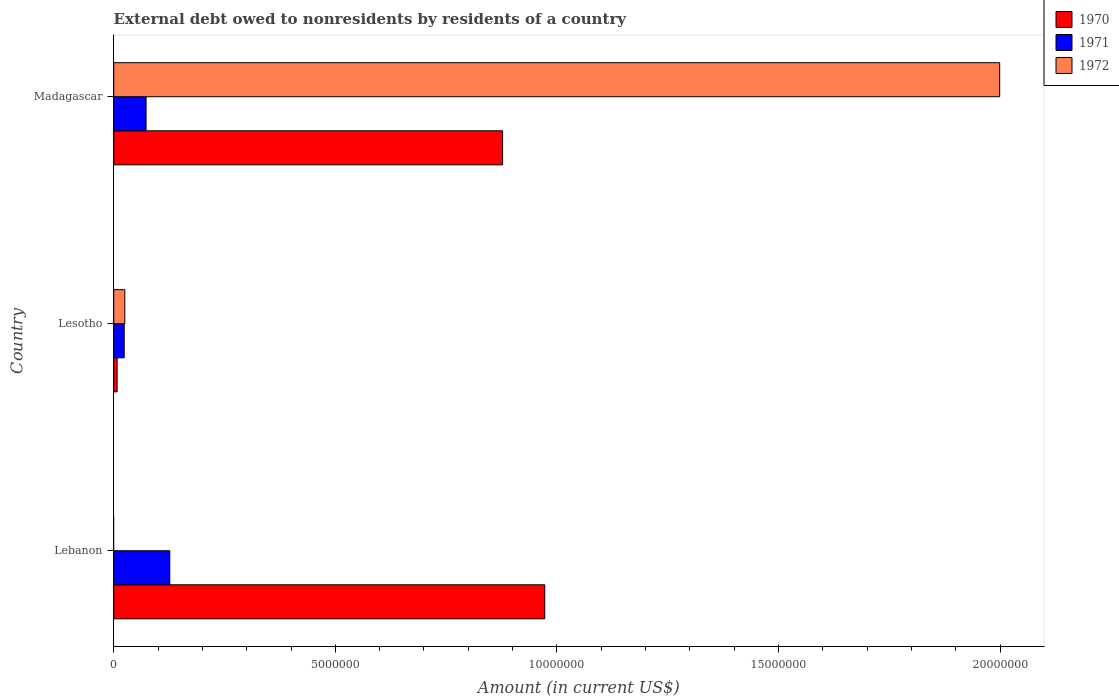
| Country | 1970 | 1971 | 1972 |
 | --- | --- | --- | --- |
 | Lebanon | 9.73e+06 | 1.26e+06 | -6.84e+06 |
 | Lesotho | 7.6e+04 | 2.36e+05 | 2.5e+05 |
 | Madagascar | 8.78e+06 | 7.3e+05 | 2e+07 |